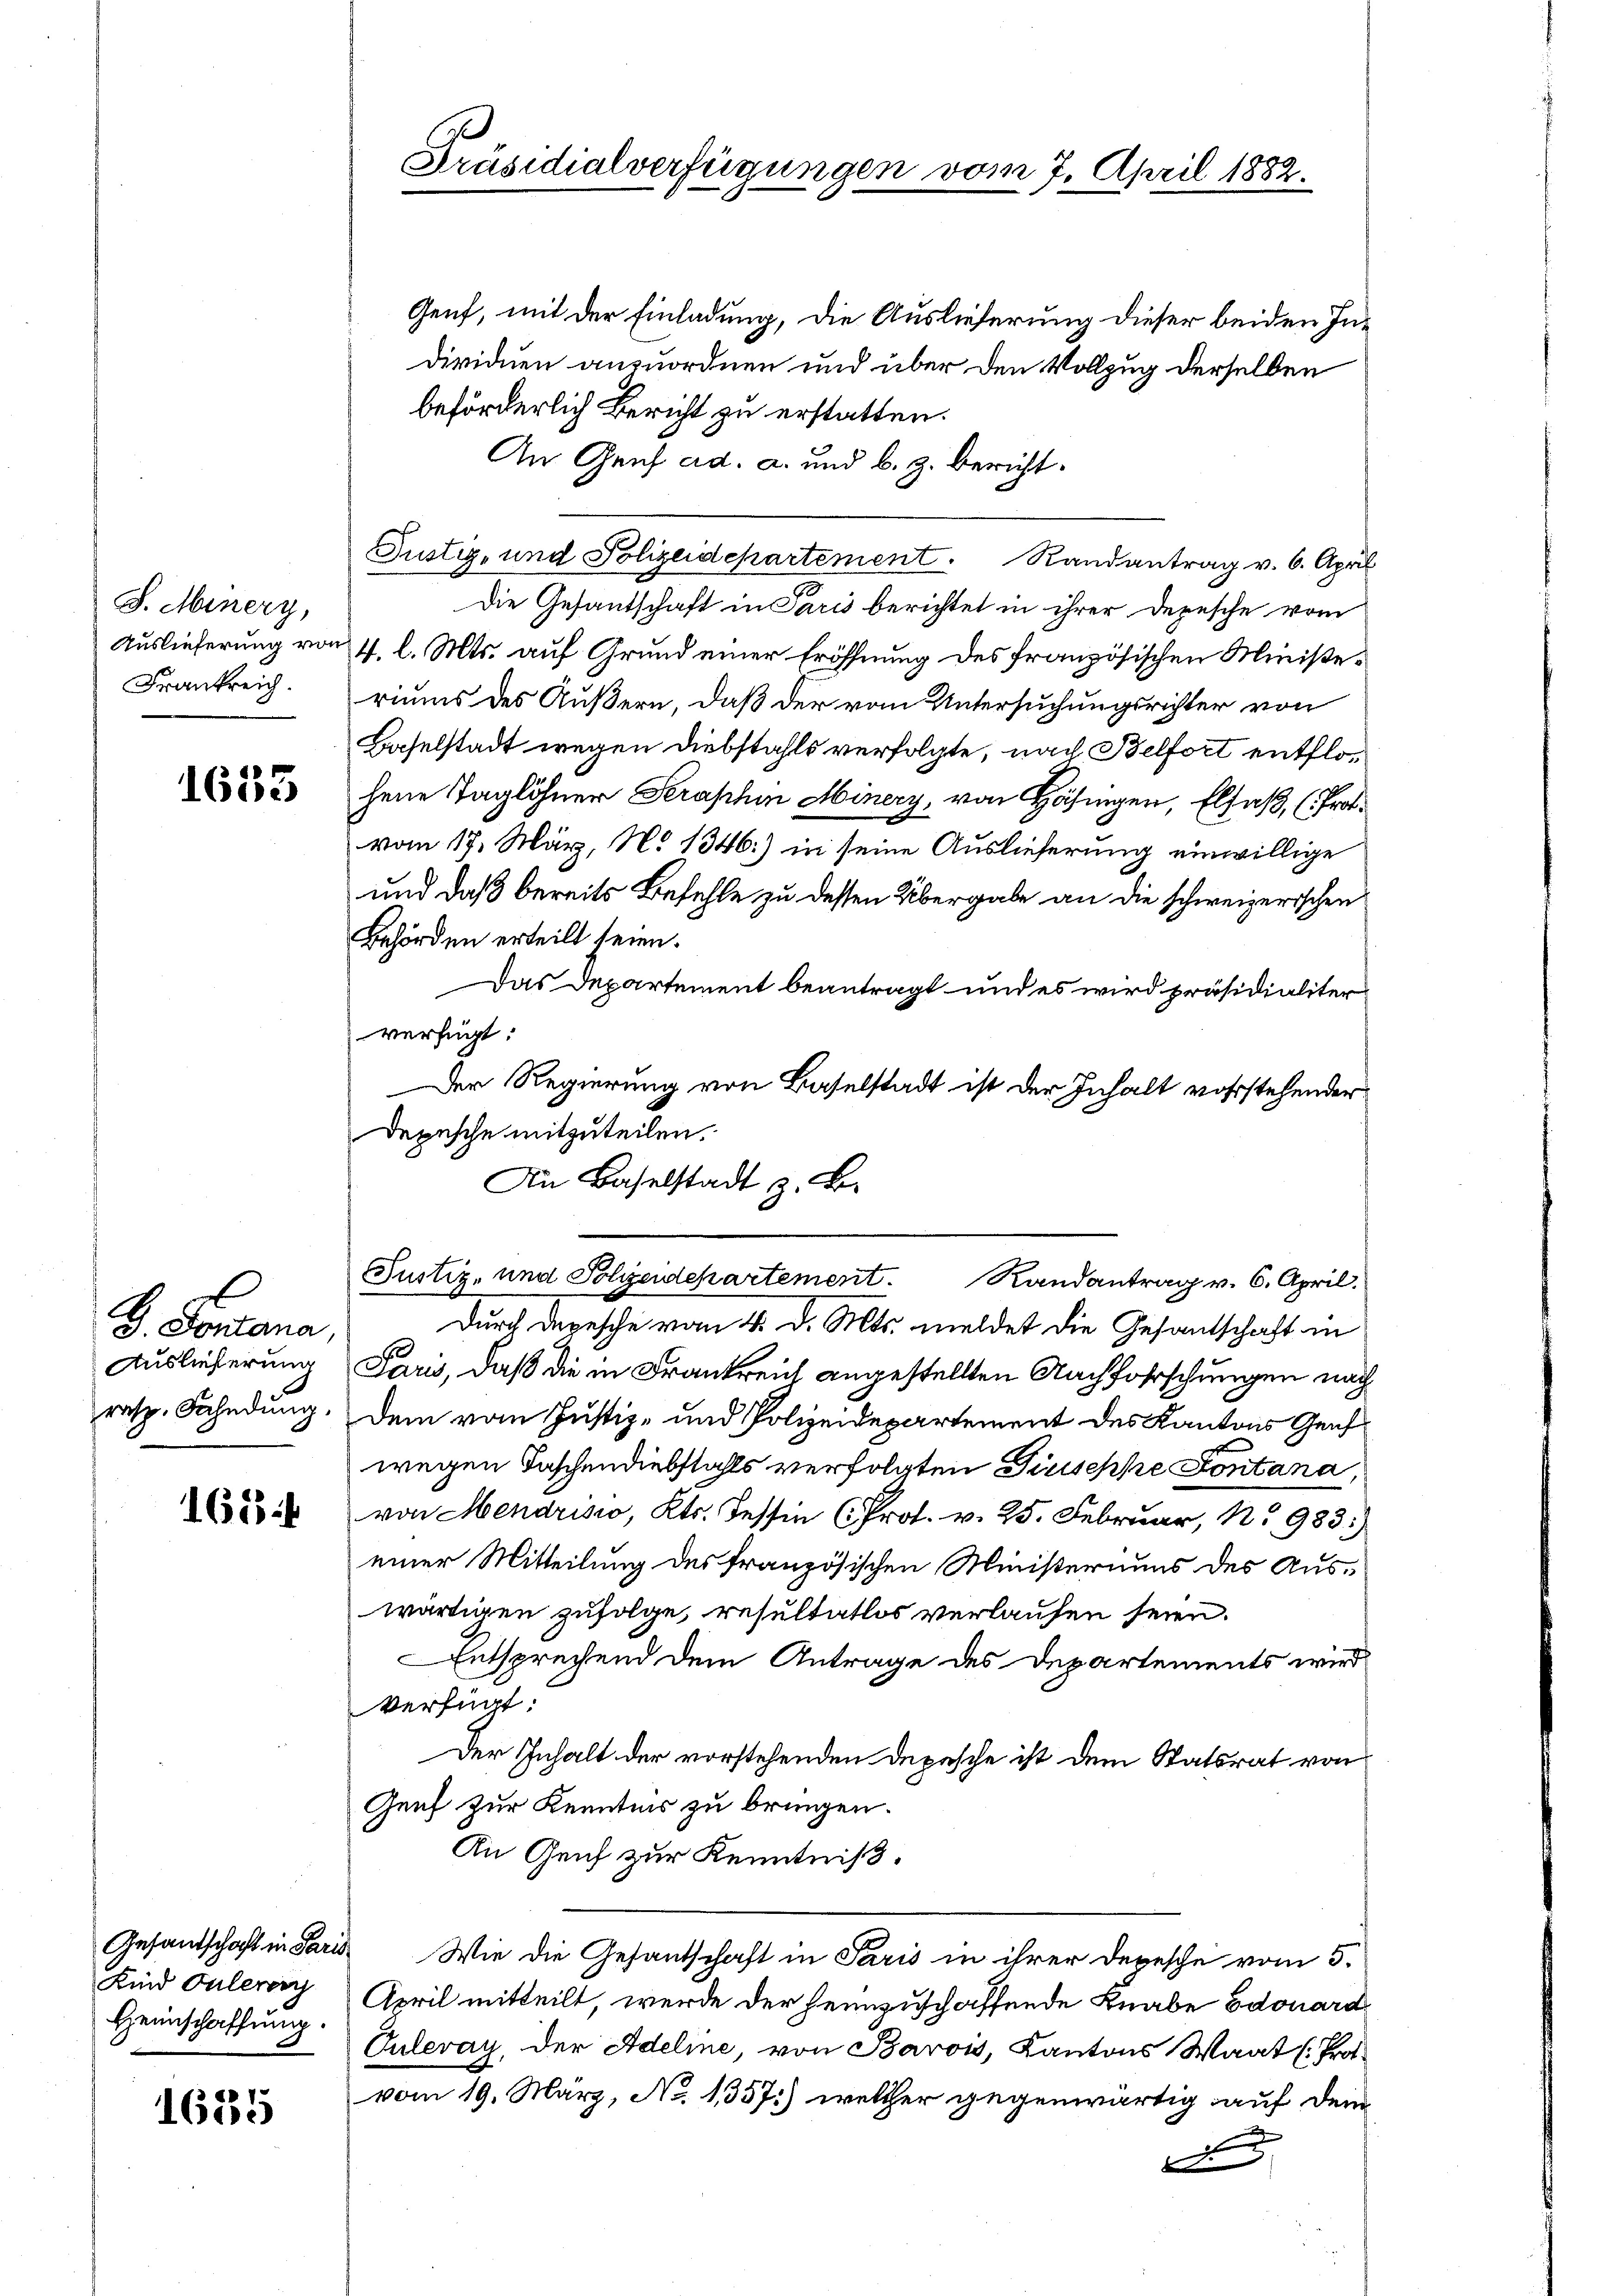
J. Minery,
Auslieferung von
Frankreich.

1633

B. Fontana,
Auslieferung
rasp. Fahndung.

684

Kind Pulerey
Heimschaffung.

1625

Präsidialverfügungen vom 7. April 1882.

Genf, mit der Einladung, die Auslieferung dieser beiden Individuen anzuordnen und über den Vollzug derselben
beförderlich Bericht zu erstatten.
An Genf ad a. und b. z. bericht.
Justiz- und Polizeidepartement. Randantrag v. 6. April
Die Gesandschaft in Paris berichtet in ihrer Depesche vom
24. l. Mts. auf Grund einer Eröffnung des französischen Ministeriums des Äußern, daß der vom Untersuchungsrichter von
Baselstadt wegen Diebstahls verfolgte, nach Belfort entflohene Taglöhner Serashin Minery, von Häfingen, Elsaß, (Prot.
vom 17. März, No 1346) in seine Auslieferung einwillige
und daß bereits Befehle zu dessen Übergabe an die schweizerischen
Behörden erteilt seien.
Das Departement beantragt und es wird präsidialiter
verfügt:
Der Regierung von Baselstadt ist der Inhalt vorstehender
Depesche mitzuteilen.
An Baselstadt z. B.

Durch Depesche vom 4. d. Mts. meldet die Gesantschaft in
Paris, daß die in Frankreich angestellten Nachforschungen nach
Dem vom Justiz- und Polizeidepartement des Kantons Genf
wegen Taschendiebstahls verfolgten Giuseppe Fontana
von Mendrisco, Kts. Tessin (Prot. v. 25. Februar, No 983.)
einer Mitteilung des französischen Ministeriums des Auswärtigen zufolge, resultatlos verlaufen seien.
Entsprechend dem Antrage des Departements wird
Verfügt:
Der Inhalt der vorstehenden Depesche ist dem Statsrat von
Zenf zur Kenntnis zu bringen.
An Genf zur Kenntniß,
Gesandschaft in Paris Wie die Gesantschaft in Paris in ihrer Depesche vom 5.
April mitteilt, werde der heimzuschaffende Knabe Edouard
Puleray, der Adeline, von Barois, Kantons Waat (Prot.
vom 19. März, No. 1357.) welcher gegenwärtig auf dem
d

Justiz- und Polizeidepartement. Randantrag v. 6. April.